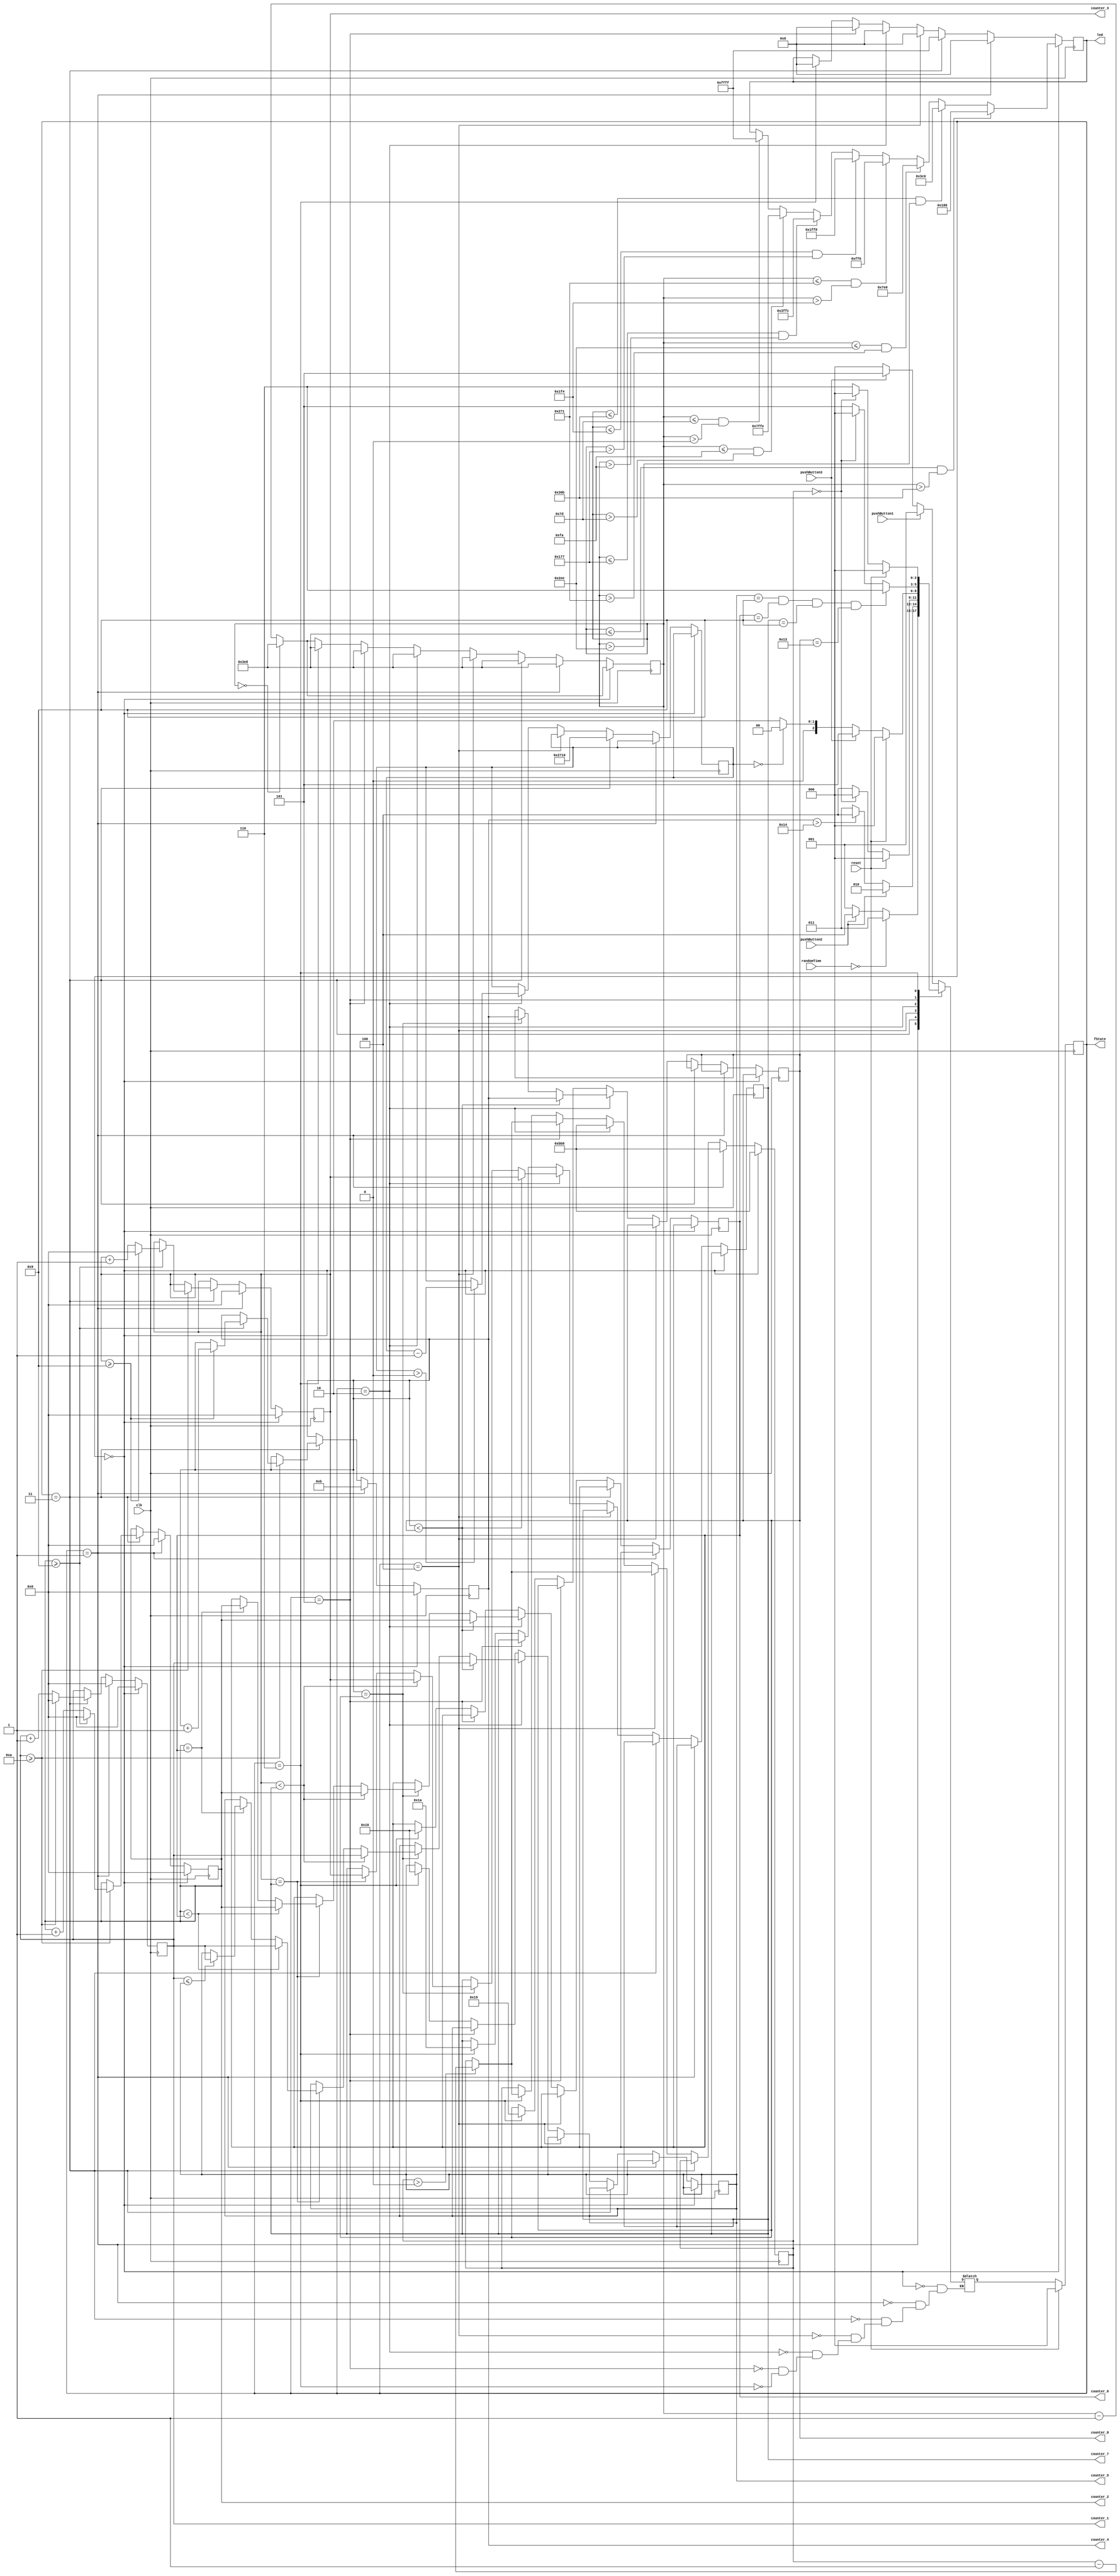
`timescale 1ns / 1ps


module FSM(
    input clk,
    input reset,
    input pushButton1,
    input pushButton2, 
    input pushButton3,
    input [12:0]randomTime,
    output reg[4:0]counter_1,
    output reg[4:0]counter_2,
    output reg[4:0]counter_3,
    output reg[4:0]counter_4,
    output reg[4:0]counter_5 = 5'd9,
    output reg[4:0]counter_6 = 5'd9,
    output reg[4:0]counter_7 = 5'd9,
    output reg[4:0]counter_8 = 5'd19,
    output wire [15:0] led,
    output wire [2:0] fState
    );
    parameter idle = 3'b000;
    parameter preparation = 3'b001;
    parameter test = 3'b011;
    parameter result = 3'b010;
    parameter fail = 3'b100;
    parameter best = 3'b101;
    parameter null = 3'b110;
    
    reg [15:0] lighter;
    reg [13:0] counter_10;
    reg [11:0] counter_3s;
    reg [9:0] counter_light = 10'd1000;
    
    assign led = lighter;

    reg [2:0] state = idle, nextState;
    
    always @ (posedge clk) begin // Go into idle state if reset button been clicked
        if (reset) begin 
            state <= idle;
        end else begin
            state <= nextState;
        end            
    end
    
	always @(*) begin // The state change logic
        case(state)
            idle : begin // Which state to go with different input during idle state
                if (pushButton1 == 1) begin
                    nextState = preparation;                    
                end 
                else if (pushButton3 == 1) begin
                    nextState = best;
                end
                else begin
                    nextState = idle;
                end
            end
            preparation : begin // Which state to go with different input during preparation state
                if (randomTime == 13'd0) begin // Go to test state after random time
                    nextState = test;
                end else if (pushButton2 == 1) begin // Go to fail state if pushButton2 been clicked before test state
                    nextState = fail;
                end else begin
                    nextState = preparation;
                end
            end
            test : begin // Which state to go with different input during test state
                if (pushButton2 == 1) begin
                    nextState = result;
                end else if (counter_4 > 5'd20) begin // Go to fail state if over 10 seconds without any input
                    nextState = fail;
                end else begin
                    nextState = test;               
                end
            end
            fail : begin // Which state to go with different input during fail state
                if (reset) begin
                    nextState = idle;
                end else if (counter_3s == 12'b0) begin // Back to idle state after 3 seconds
                    nextState = idle;
                end else begin
                    nextState = fail;
                end
            end
            result : begin // Which state to go with different input during result state
                if (reset) begin
                    nextState = idle;
                end else if (pushButton3 == 1) begin // Go to best state when pushButton3 been clicked
                    nextState = best;
                end else if(counter_10 == 0)begin // Back to the idle state after 10s 
                    nextState = idle;
                end else begin
                    nextState = result;
                end
            end
            best : begin // Which state to go with different input during best state
                if (reset) begin
                    nextState = idle;
                end if (counter_5 == 5'd9 & counter_6 == 5'd9 & counter_7 == 5'd9 & counter_8 == 5'd19) begin
                    nextState = null; // If there is no best reaction time data store in counter, go to null state
                end else if (counter_3s == 12'b0) begin
                    nextState = idle; // Back to idle state after 3 seconds
                end
                else begin
                    nextState = best;
                end
            end
            null : begin  // Which state to go with different input during null state
                if (reset) begin
                    nextState = idle;
                end else if (counter_3s == 12'b0) begin
                    nextState = idle; // Back to idle state after 3 seconds
                end else begin
                    nextState = null;
                end
            end
//            default : nextState = idle;   
        endcase
    end
    

    always @(posedge clk) begin
        counter_light <= counter_light - 1'b1; // Create a 1 Hz circle for flash lights
        if (counter_light == 10'b0) begin // Initialize the counter after 1 second
            counter_light <= 10'd1000;
        end
        if (state == idle) begin // Show the flash leds in idle state
            counter_3s <= 12'd3000;
            if (counter_light <= 10'd1000 & counter_light > 10'd875) begin
                lighter <= 16'b0000_0001_1000_0000;
            end else if (counter_light <= 10'd875 & counter_light > 10'd750) begin
                lighter <= 16'b0000_0011_1100_0000;
            end else if (counter_light <= 10'd750 & counter_light > 10'd625) begin
                lighter <= 16'b0000_0111_1110_0000;
            end else if (counter_light <= 10'd625 & counter_light > 10'd500) begin
                lighter <= 16'b0000_1111_1111_0000;
            end else if (counter_light <= 10'd500 & counter_light > 10'd375) begin
                lighter <= 16'b0001_1111_1111_1000;
            end else if (counter_light <= 10'd375 & counter_light > 10'd250) begin
                lighter <= 16'b0011_1111_1111_1100;
            end else if (counter_light <= 10'd250 & counter_light > 10'd125) begin
                lighter <= 16'b0111_1111_1111_1110;
            end else if (counter_light <= 10'd125 & counter_light > 10'd0) begin
                lighter <= 16'b1111_1111_1111_1111;
            end
            counter_1 <= 5'd0;
            counter_2 <= 5'd0;
            counter_3 <= 5'd0;
            counter_4 <= 5'd0;
        end 
        else if (state == preparation) begin // Initialize counters in preparation state
                counter_light <= 10'd1000;
                counter_3s <= 12'd3000;
                lighter <= 16'b0;
                counter_1 <= 5'd0;
                counter_2 <= 5'd0;
                counter_3 <= 5'd0;
                counter_4 <= 5'd11;
        end
        else if (state == test) begin // Counter reaction time in test state
            lighter <= 16'b1111_1111_1111_1111;
            counter_10 <= 14'd10000;
            counter_light <= 10'd1000;
            counter_1 <= counter_1 + 1'b1;
            if (counter_1 >= 5'd10) begin
                counter_1 <= 5'd0;
                counter_2 <= counter_2 + 1'b1;
                if (counter_2 >= 5'd9) begin
                    counter_2 <= 5'd0;
                    counter_3 <= counter_3 + 1'b1;
                    if (counter_3 >= 5'd9) begin
                        counter_3 <= 5'd0;
                        counter_4 <= counter_4 + 1'b1;
                        
                    end
                end 
            end
        end
        else if (state == fail) begin // Counter 3 seconds to automaticly exit fail state
            lighter <= 16'b0;
            counter_light <= 10'd1000;
            if (counter_3s > 12'b0) begin
                counter_3s <= counter_3s - 1'b1;
            end
        end
        else if (state == result) begin// Counter 10 seconds to automaticly exit fail state
            lighter <= 16'b0;
            counter_light <= 10'd1000;
            counter_3s <= 12'd3000;
            if (counter_10 > 14'd0) begin
                counter_10 <= counter_10 - 1'b1;
            end
            if (counter_4 < counter_8) begin // Compare current reaction time with previous best time
                counter_8 <= counter_4;      // Store the best time in counter5,6,7,8
                counter_7 <= counter_3;
                counter_6 <= counter_2;
                counter_5 <= counter_1;
            end else if (counter_4 == counter_8) begin
                counter_8 <= counter_4;
                if (counter_3 < counter_7) begin
                    counter_7 <= counter_3;
                    counter_6 <= counter_2;
                    counter_5 <= counter_1;
                end else if (counter_3 == counter_7) begin
                    counter_7 <= counter_3;
                    if (counter_2 < counter_6) begin
                        counter_6 <= counter_2;
                        counter_5 <= counter_1;
                    end else if (counter_2 == counter_6) begin
                        counter_6 <= counter_2;
                        if (counter_1 <= counter_5) begin
                            counter_5 <= counter_1;
                        end
                    end
                end
            end
        end
        else if (state == best) begin // Counter 3 seconds to automaticly exit fail state
            counter_light <= 10'd1000;
            if (counter_3s > 12'b0) begin
                counter_3s <= counter_3s - 1'b1;
            end
            lighter <= 16'b0;

        end
        else if (state == null) begin // Counter 3 seconds to automaticly exit fail state
            counter_light <= 10'd1000;
            if (counter_3s > 12'b0) begin
                counter_3s <= counter_3s - 1'b1;
            end
            lighter <= 16'b0; // Show "null" in seven segment displayer when there is no data in counter
            counter_5 = 5'd24;
            counter_6 = 5'd24;
            counter_7 = 5'd26;
            counter_8 = 5'd25;
        end
    end                           
    
    
    assign fState = state;
endmodule